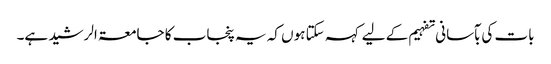
بات کی بآسانی تفہیم کے لیے کہہ سکتا ہوں کہ یہ پنجاب کا جامعۃ الرشید ہے۔